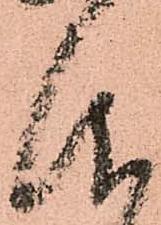
仰